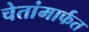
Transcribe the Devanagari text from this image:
चेतांमार्फत